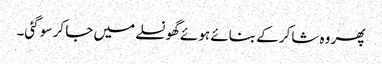
پھر وہ شاکر کے بنائے ہوئے گھونسلے میں جا کر سو گئی۔